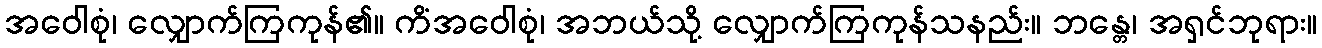
အဝေါစုံ၊ လျှောက်ကြကုန်၏။ ကိံအဝေါစုံ၊ အဘယ်သို့ လျှောက်ကြကုန်သနည်း။ ဘန္တေ၊ အရှင်ဘုရား။